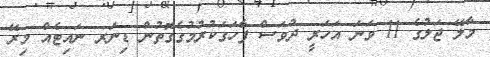
މާލޭ ޖަލުގެ 11 ވަނަ އަހަރީ ދުވަސް ފާހަގަކުރުމުގެގޮތުން ޑިނަރ ނައިޓެއް މިރޭ